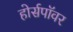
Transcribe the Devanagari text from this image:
होर्सपॉवर